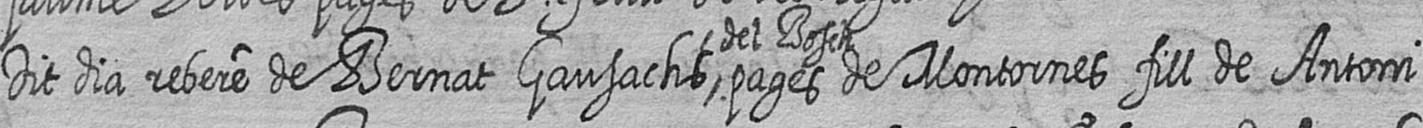
Dit dia rebere de Bernat Gausachs del Bosch pages de Montornes fill de Antoni